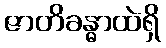
ဇာတိခန္ဓာထဲရှိ